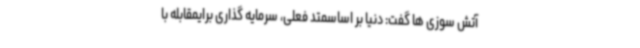
آتش سوزی ها گفت: دنیا بر اساسمتد فعلی، سرمایه گذاری برایمقابله با